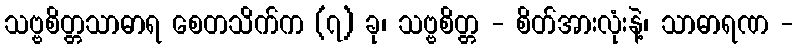
သဗ္ဗစိတ္တသာဓာရ စေတသိက်က (၇) ခု၊ သဗ္ဗစိတ္တ - စိတ်အားလုံးနဲ့၊ သာဓာရဏ -